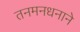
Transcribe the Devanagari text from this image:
तनमनधनाने